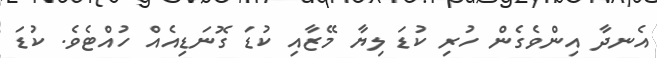
އެނދާ އިންވެގެން ހުރި ކުޑަ ލިޔާ މޭޒާއި ކުޑަ ގޮނަޑިއެއް ހުއްޓެވެ. ކުޑަ